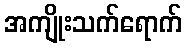
အကျိုးသက်ရောက်